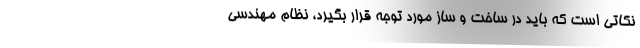
نکاتی است که باید در ساخت و ساز مورد توجه قرار بگیرد، نظام مهندسی